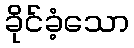
ခိုင်ခံ့သော